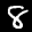
Label: 8